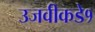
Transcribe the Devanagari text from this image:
उजवीकडे१